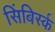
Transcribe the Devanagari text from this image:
सिंबिर्स्क